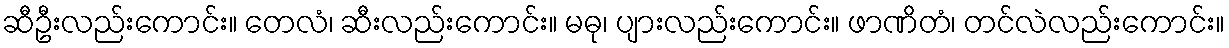
ဆီဦးလည်းကောင်း။ တေလံ၊ ဆီးလည်းကောင်း။ မဓု၊ ပျားလည်းကောင်း။ ဖာဏိတံ၊ တင်လဲလည်းကောင်း။